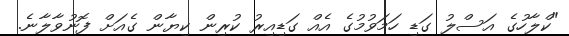
"ކްލާހުގެ އަސްލު ގަޑި ހަމަވުމުގެ އެއް ގަޑިއިރު ކުރިން ކިޔާން ގެއަށް ފޮނުވާލާނެ.